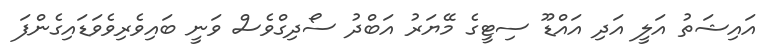
އައިޝަތު އަލީ އަދި އައްޑޫ ސިޓީގެ މޭޔަރު އަބްދު ސޯދިގްވެސް ވަނީ ބައިވެރިވެވަޑައިގެންފަ